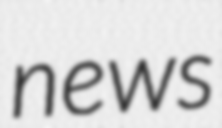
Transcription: news